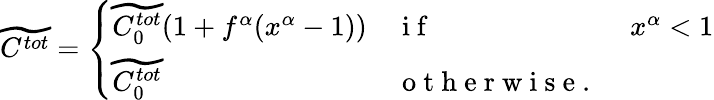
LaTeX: \widetilde{C^{tot}}=\left\{ \begin{array}{lll}{\widetilde{C_{0}^{tot}}(1+f^{\alpha}(x^{\alpha}-1))}&{\mathrm{~i~f~}}&{x^{\alpha}<1}\\ {\widetilde{C_{0}^{tot}}}&{\mathrm{~o~t~h~e~r~w~i~s~e~.~}}\end{array}\right.